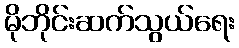
မိုဘိုင်းဆက်သွယ်ရေး